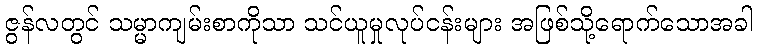
ဇွန်လတွင် သမ္မာကျမ်းစာကိုသာ သင်ယူမှုလုပ်ငန်းများ အဖြစ်သို့ရောက်သောအခါ